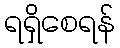
ရရှိစေရန်